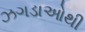
ઝગડાઓથી